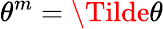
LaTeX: \theta^{m}=\Tilde{\theta}